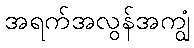
အရက်အလွန်အကျွံ